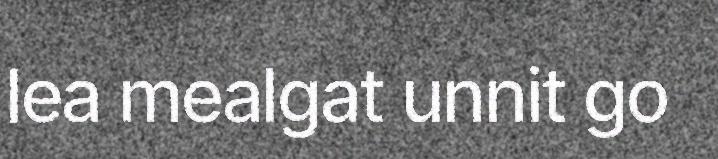
lea mealgat unnit go